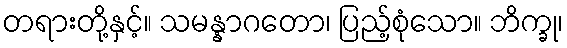
တရားတို့နှင့်။ သမန္နာဂတော၊ ပြည့်စုံသော။ ဘိက္ခု၊